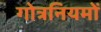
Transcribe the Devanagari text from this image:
गोत्रनियमों